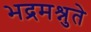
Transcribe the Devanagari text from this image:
भद्रमश्नुते